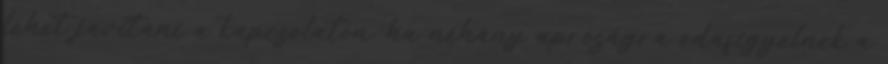
lehet javítani a kapcsolaton, ha néhány apróságra odafigyelnek a